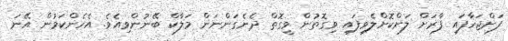
ފަށްޖަހާފައި ފާރަށް ލަށްކޮށްލެވިފައި ވިގޮތުން ވީގޮތް ދެނެގަންނަން މަލާކް ބޭނުންވިއެވެ. އެހެންކަމުން އޭނަ